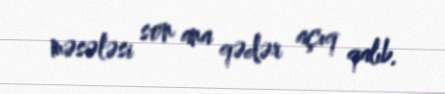
məsələsi son ana qədər açıq qalıb.